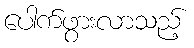
ပေါက်ဖွားလာသည့်